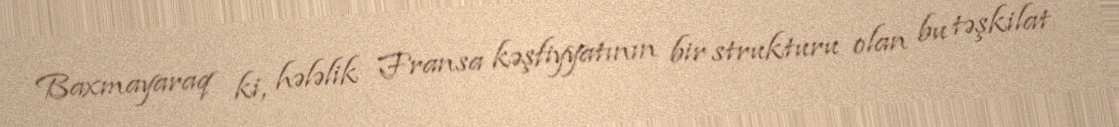
Baxmayaraq ki, hələlik Fransa kəşfiyyatının bir strukturu olan bu təşkilat